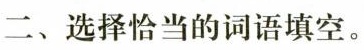
二、选择恰当的词语填空。